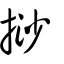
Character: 挱